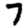
Digit: 7